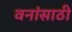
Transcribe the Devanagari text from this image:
वनांसाठी